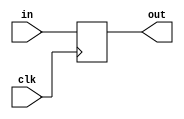
module datadelayer32 (
	input clk,
	input [31:0] in,
	output reg [31:0] out);
	
	always @(negedge clk) begin
			out <= in;
	end
endmodule

module datadelayer1 (
	input clk,
	input  in,
	output reg  out);
	
	always @(negedge clk) begin
			out <= in;
	end
endmodule

module datadelayer2 (
	input clk,
	input [1:0] in,
	output reg [1:0] out);
	
	always @(negedge clk) begin
			out <= in;
	end
endmodule